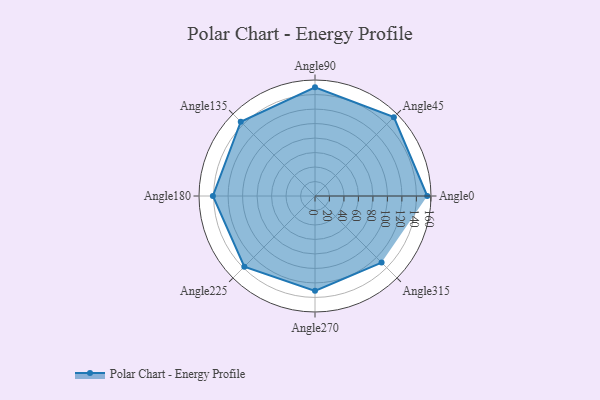
{"axis": {"x": "Angle", "y": "Radius"}, "legend": [""], "data": [{"x": "Angle0", "y": 155.0, "type": ""}, {"x": "Angle45", "y": 154.0, "type": ""}, {"x": "Angle90", "y": 150.0, "type": ""}, {"x": "Angle135", "y": 145.0, "type": ""}, {"x": "Angle180", "y": 141.0, "type": ""}, {"x": "Angle225", "y": 138.0, "type": ""}, {"x": "Angle270", "y": 131.0, "type": ""}, {"x": "Angle315", "y": 130.0, "type": ""}]}